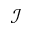
\mathcal { I }